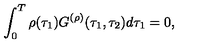
\int _ { 0 } ^ { T } \rho ( \tau _ { 1 } ) G ^ { ( \rho ) } ( \tau _ { 1 } , \tau _ { 2 } ) d \tau _ { 1 } = 0 ,